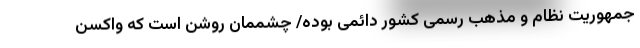
جمهوریت نظام و مذهب رسمی کشور دائمی بوده/ چشممان روشن است که واکسن